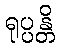
ရုပ္ပန္တိ